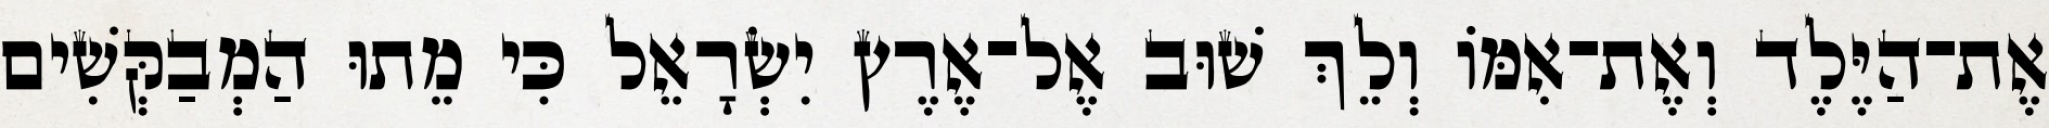
אֶת־הַיֶּלֶד וְאֶת־אִמּוֹ וְלֵךְ שׁוּב אֶל־אֶרֶץ יִשְׂרָאֵל כִּי מֵתוּ הַמְבַקְּשִׁים